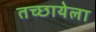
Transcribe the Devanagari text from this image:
तच्छायेला